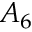
A _ { 6 }